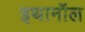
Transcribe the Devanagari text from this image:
इथानॉल